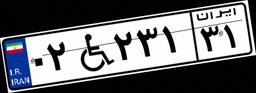
۳۶W۲۴۶۶۶